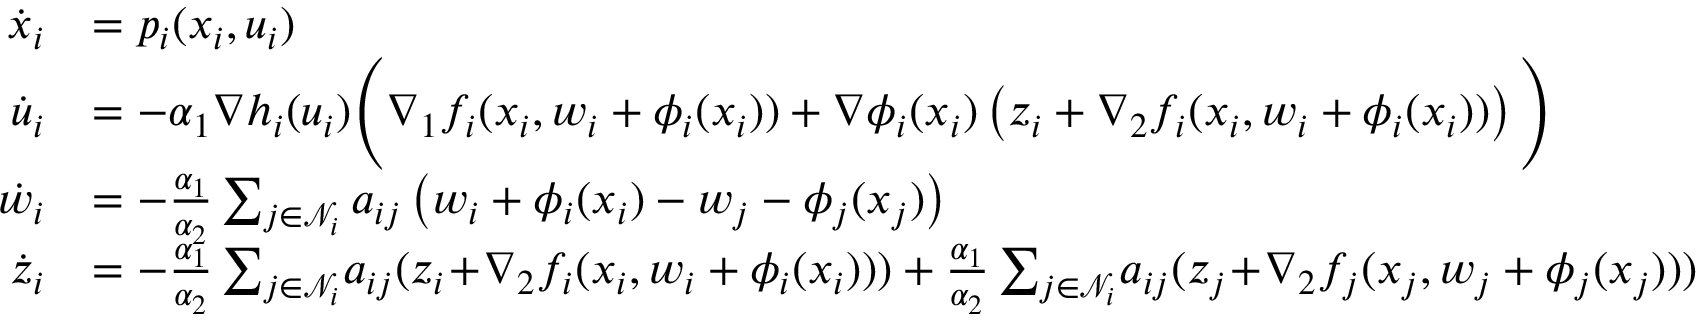
\begin{array} { r l } { \dot { x } _ { i } } & { = p _ { i } ( x _ { i } , u _ { i } ) } \\ { \dot { u } _ { i } } & { = - \alpha _ { 1 } \nabla h _ { i } ( u _ { i } ) \Bigg ( \nabla _ { 1 } f _ { i } ( x _ { i } , w _ { i } + \phi _ { i } ( x _ { i } ) ) + \nabla \phi _ { i } ( x _ { i } ) \left( z _ { i } + \nabla _ { 2 } f _ { i } ( x _ { i } , w _ { i } + \phi _ { i } ( x _ { i } ) ) \right) \Bigg ) } \\ { \dot { w } _ { i } } & { = - \frac { \alpha _ { 1 } } { \alpha _ { 2 } } \sum _ { j \in \mathcal { N } _ { i } } a _ { i j } \left( w _ { i } + \phi _ { i } ( x _ { i } ) - w _ { j } - \phi _ { j } ( x _ { j } ) \right) } \\ { \dot { z } _ { i } } & { = - \frac { \alpha _ { 1 } } { \alpha _ { 2 } } \sum _ { j \in \mathcal { N } _ { i } } \! a _ { i j } ( z _ { i } \! + \! \nabla _ { 2 } f _ { i } ( x _ { i } , w _ { i } + \phi _ { i } ( x _ { i } ) ) ) + \frac { \alpha _ { 1 } } { \alpha _ { 2 } } \sum _ { j \in \mathcal { N } _ { i } } \! a _ { i j } ( z _ { j } \! + \! \nabla _ { 2 } f _ { j } ( x _ { j } , w _ { j } + \phi _ { j } ( x _ { j } ) ) ) } \end{array}